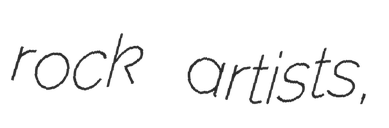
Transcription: rock artists,